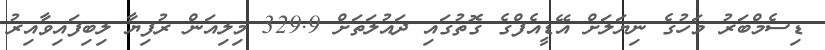
ޑިސެމްބަރު މަހުގެ ނިޔަލަށް އޭޑީއެފްގެ ގޮތުގައި ދައުލަތަށް 329.9 މިލިއަން ރުފިޔާ ލިބިފައިވާއިރު